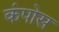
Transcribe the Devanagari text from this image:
कंपोस